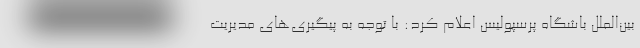
بین‌الملل باشگاه پرسپولیس اعلام کرد: با توجه به پیگیری‌های مدیریت